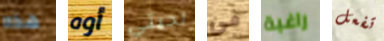
هذه أوه لحيتي في راغبة تفعل